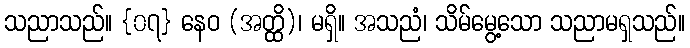
သညာသည်။ {၀၇} နေဝ (အတ္ထိ)၊ မရှိ။ အသညံ၊ သိမ်မွေ့သော သညာမရှသည်။